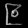
Digit: ၉